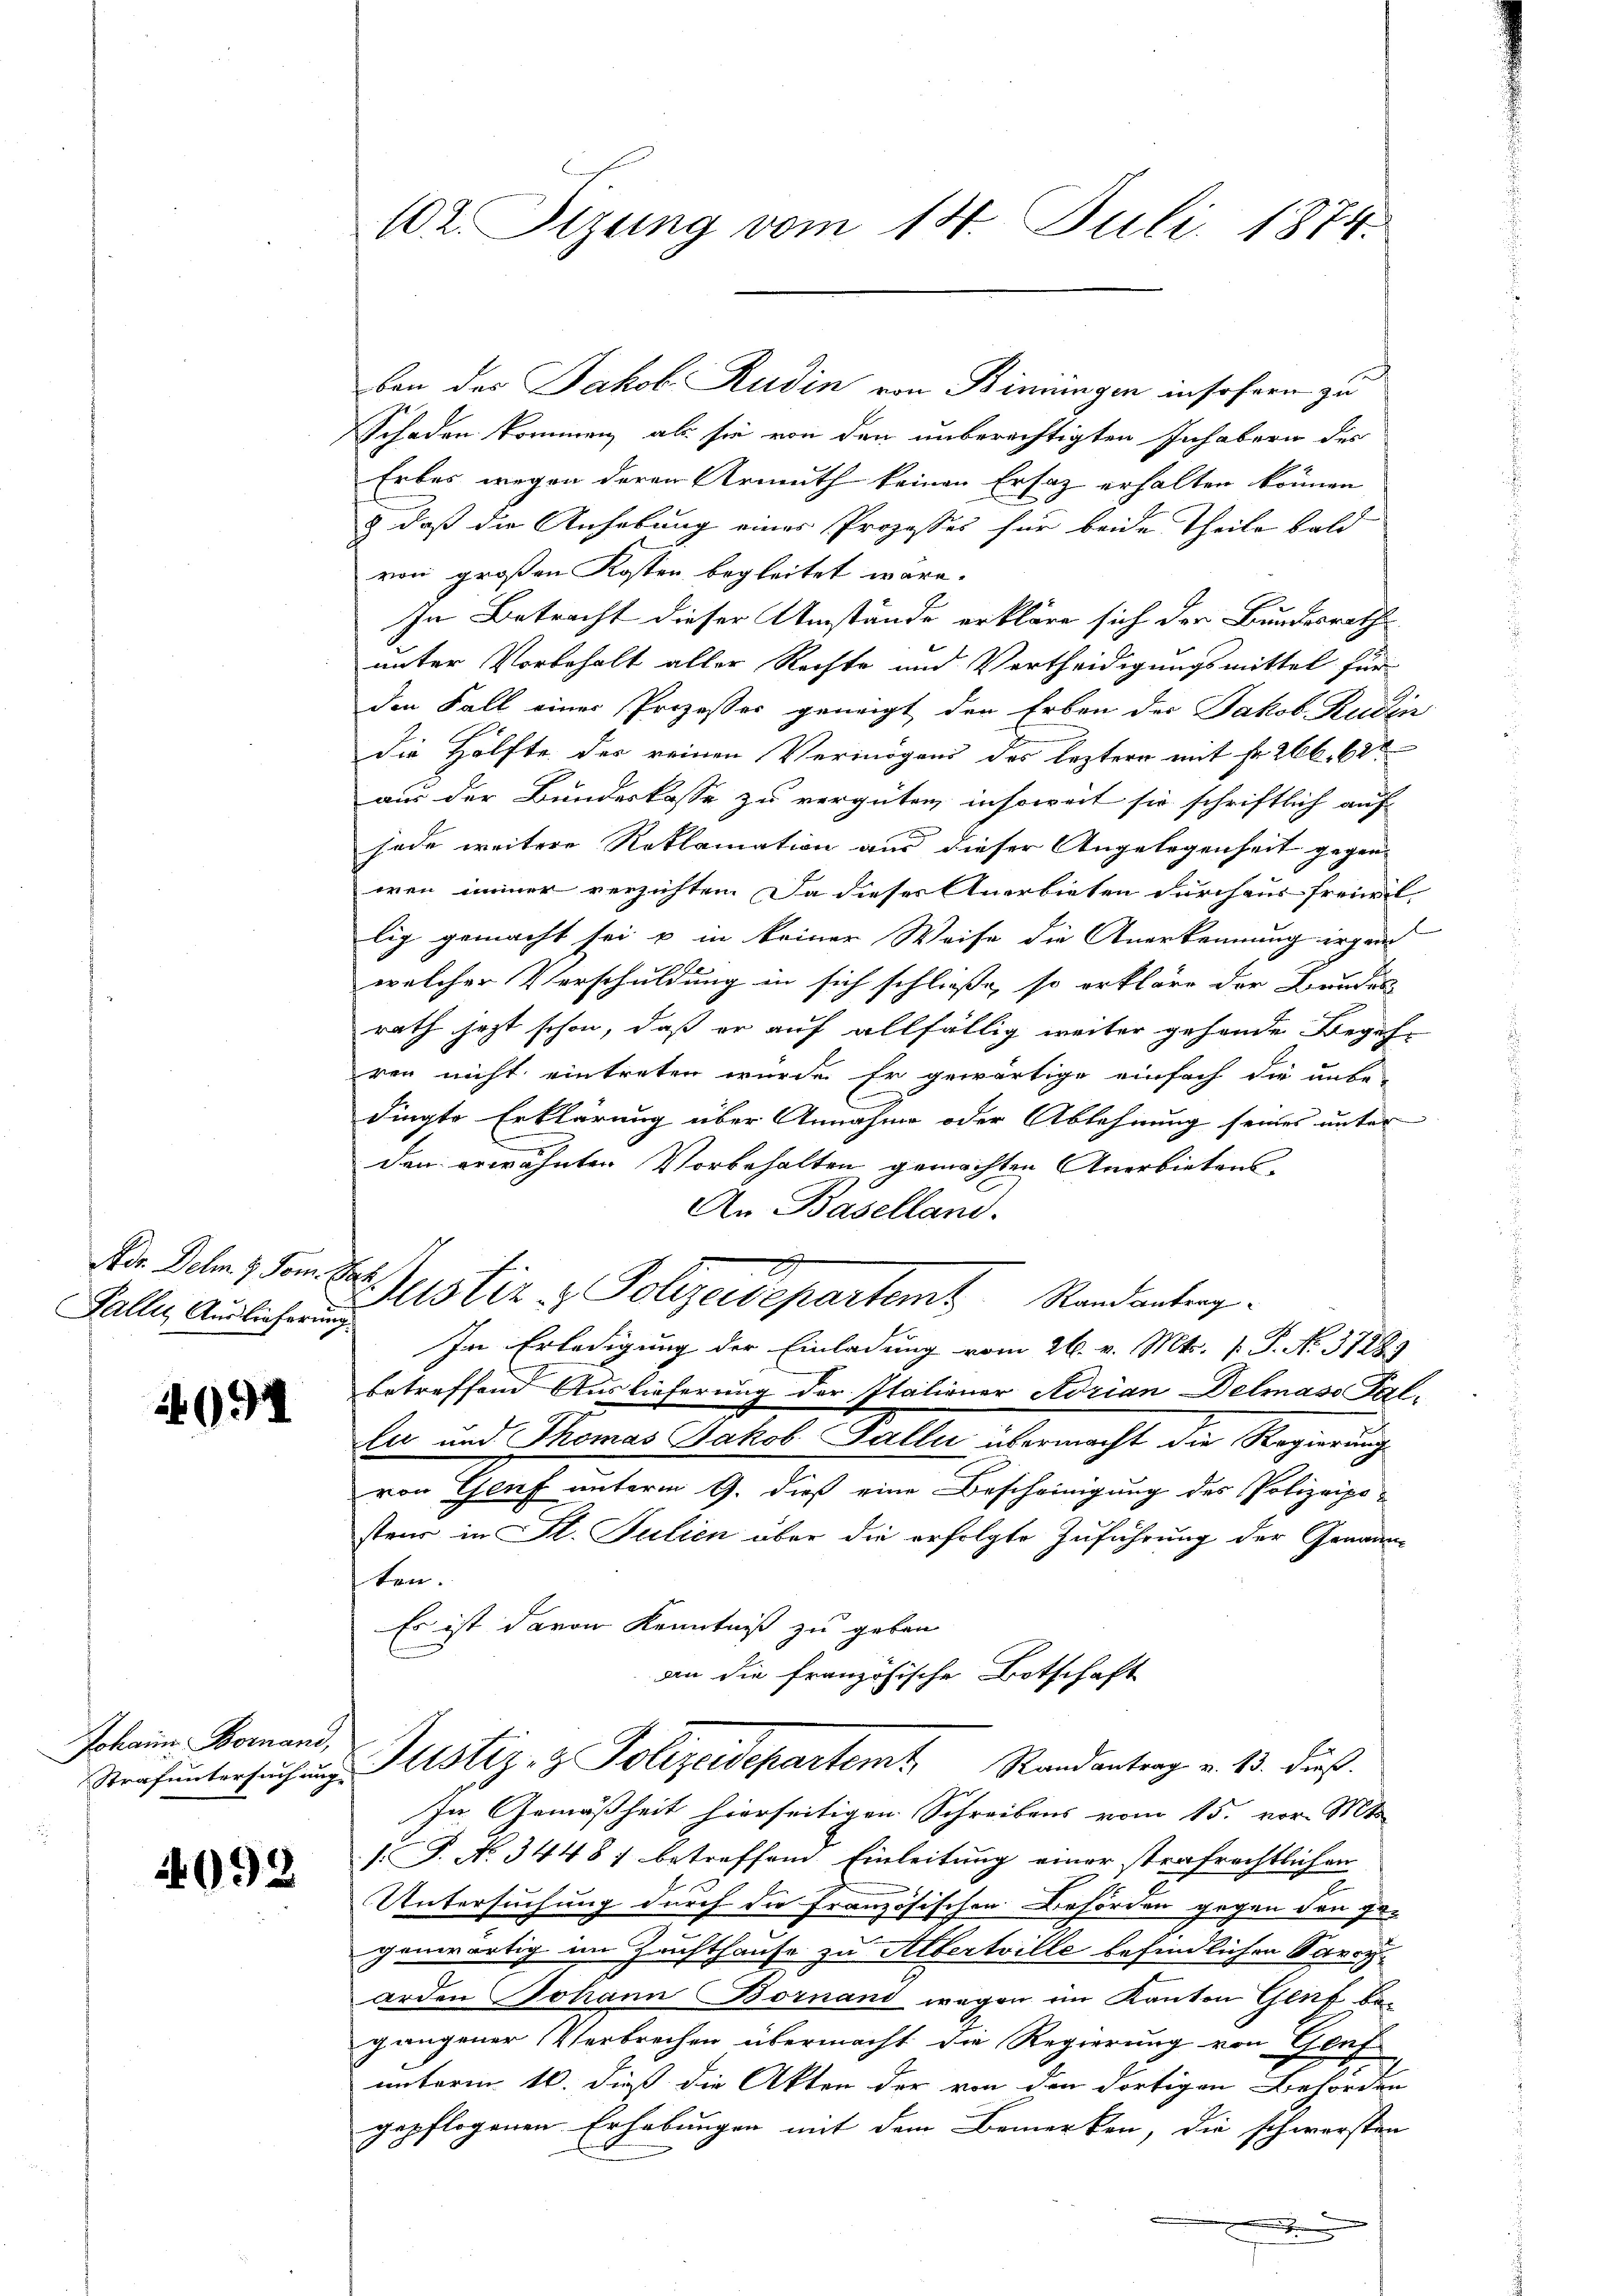
Nor. Delm. 7. Som. Sat
Fallen Auslieferung

691

Johann Bornand,

4092

102. Sizung vom 14. Juli 1874.

Schaden kommen, als sie von den unberechtigten Inhabern des
Erbes wegen deren Armuth keinen Ersatz erhalten können
& daß die Anhebung eines Prozesses für beide Theile bald
von großen Kosten begleitet wäre.
In Betracht dieser Umstände erkläre sich der Bundesrath
unter Vorbehalt aller Rechte und Vertheidigungsmittel für
den Fall einer Prozesser geneigt der Erben der Jakob Ruder
die Hälfte des reinen Vermögens des leztere mit Fr. 266. 62
aus der Bundeskasse zu vergüten, insoweit sie schriftlich auf
jade weitere Reklamation aus dieser Angelegenheit gegen-
wen immer verzichten. Da dieses Anerbieten durchaus freiwil,
lig gemacht sei u in keiner Weise die Anerkennung irgen
welcher Verschuldung in sich schließe, so erkläre der Bundes
rath jetzt schon, daß er auf allfällig weiter gehende Begeh-
ren nicht eintreten würde. Er gewärtige einfach die unbe-
dingte Erklärung über Annahme oder Ablehnung seines unter
den erwähnten Vorbehalten gemachten Anerbietens-
An Baselland.
g
Justiz & Polizeidepartem Randanterg
Im Erledigung der Einladung vom 26. v. Mts. 1. P. No. 31289
betreffend Auslieferung der Italiener Adrian Delmass Par
la und Thomas Jakob Palle übermacht die Regierung
von Genf unterm 9. dieß eine Bescheinigung des Polizeipo-
steur in l. Julien über die erfolgte Zuführung der Genann
ten.
Es ist davon Kenntniß zu geben
an die französische Botschaft
Strafuntersuchung Notiz & Polizeidepartemt Randantrag v. 13. dieß.
In Gemäßheit hierseitigen Schreibens vom 15. vor. Mts.
.P. No. 34487 betreffend Einleitung einer strafrechtlichen
Untersuchung durch die Französischen Behörden gegen den ge-
genwärtig im Zuchthause zu Albertrille befindlichen Parry
arden Johann Bornand wegen im Kanton Genf begangener Verbrechen übermacht die Regierung von Genf
unterm 16. dieß die Akten der von den dortigen Behörden
gepflogenen Erhebungen mit dem Bemerken, die schwersten

ben der Jakob Rudin von Bindungen insofern zu